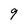
Character: 9